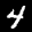
Label: 4